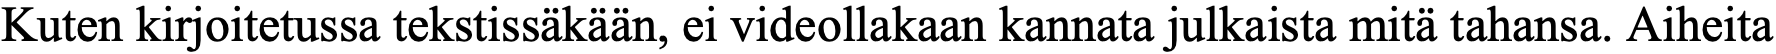
Kuten kirjoitetussa tekstissäkään, ei videollakaan kannata julkaista mitä tahansa. Aiheita